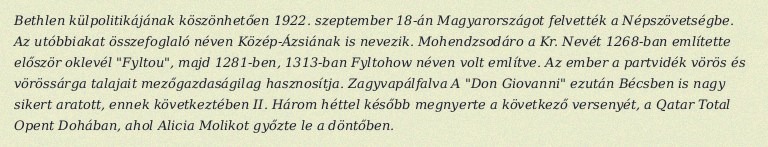
Bethlen külpolitikájának köszönhetően 1922. szeptember 18-án Magyarországot felvették a Népszövetségbe. Az utóbbiakat összefoglaló néven Közép-Ázsiának is nevezik. Mohendzsodáro a Kr. Nevét 1268-ban említette először oklevél "Fyltou", majd 1281-ben, 1313-ban Fyltohow néven volt említve. Az ember a partvidék vörös és vörössárga talajait mezőgazdaságilag hasznosítja. Zagyvapálfalva A "Don Giovanni" ezután Bécsben is nagy sikert aratott, ennek következtében II. Három héttel később megnyerte a következő versenyét, a Qatar Total Opent Dohában, ahol Alicia Molikot győzte le a döntőben.